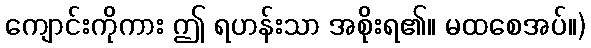
ကျောင်းကိုကား ဤ ရဟန်းသာ အစိုးရ၏။ မထစေအပ်။)